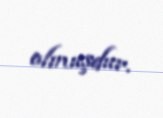
olmuşdur.